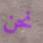
نحن